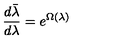
\frac { d \bar { \lambda } } { d \lambda } = e ^ { \Omega ( \lambda ) }